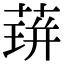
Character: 䔊